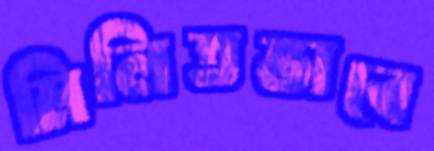
মিলিতভাবে